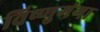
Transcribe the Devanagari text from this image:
विष्णुगंगा